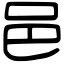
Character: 邑